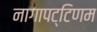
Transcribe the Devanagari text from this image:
नागापट्टिणम